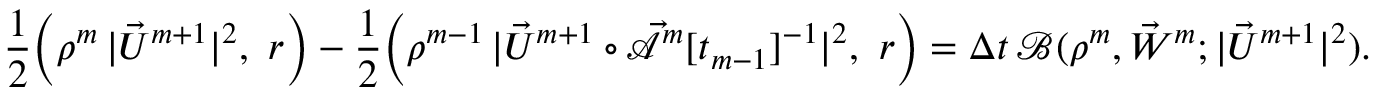
\frac { 1 } { 2 } \Bigl ( \rho ^ { m } \, | \vec { U } ^ { m + 1 } | ^ { 2 } , ~ r \Bigr ) - \frac { 1 } { 2 } \Bigl ( \rho ^ { m - 1 } \, | \vec { U } ^ { m + 1 } \circ \mathcal { \vec { A } } ^ { m } [ t _ { m - 1 } ] ^ { - 1 } | ^ { 2 } , ~ r \Bigr ) = \Delta t \, \mathscr { B } ( \rho ^ { m } , \vec { W } ^ { m } ; | \vec { U } ^ { m + 1 } | ^ { 2 } ) .